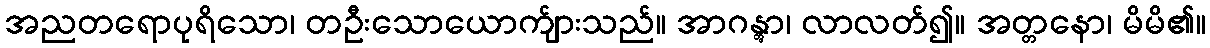
အညတရောပုရိသော၊ တဦးသောယောက်ျားသည်။ အာဂန္တွာ၊ လာလတ်၍။ အတ္တနော၊ မိမိ၏။